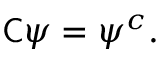
{ \mathsf { C } } \psi = \psi ^ { c } .